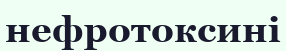
нефротоксині